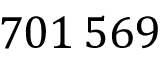
7 0 1 \, 5 6 9